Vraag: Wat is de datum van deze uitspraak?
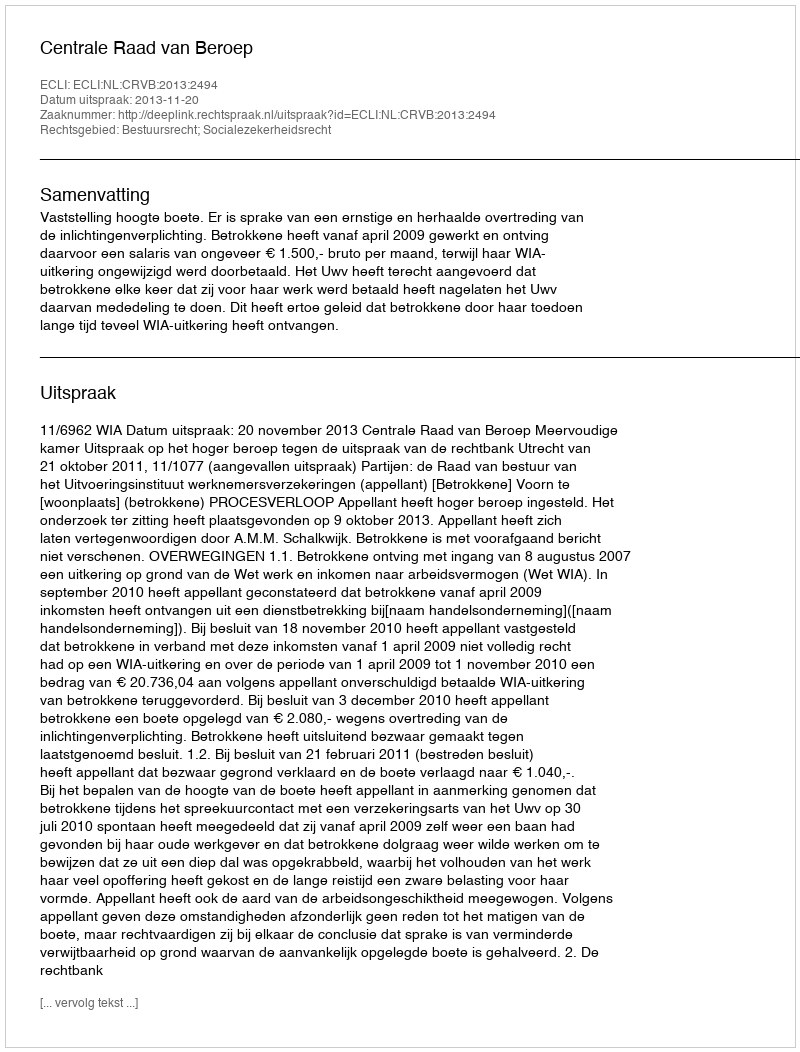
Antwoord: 2013-11-20